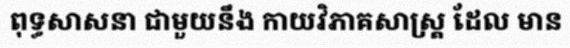
ពុទ្ធសាសនា ជាមួយនឹង កាយវិភាគសាស្ត្រ ដែល មាន